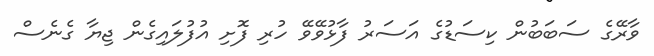
ވާރޭގެ ސަބަބުން ކިސަޑުގެ އަސަރު ފާޅުވޭވޭ ހުރި ފޮށި އުފުލައިގެން ޖިޔާ ގެނެސް